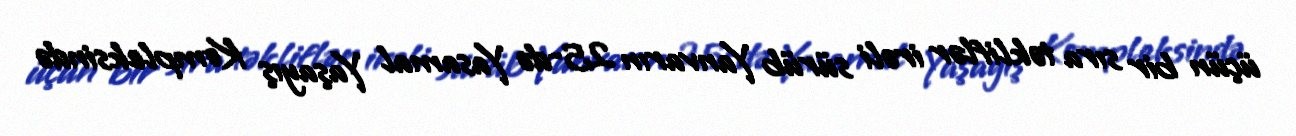
üçün bir sıra təkliflər irəli sürüb Yanvarın 25-də Yasamal Yaşayış Kompleksində